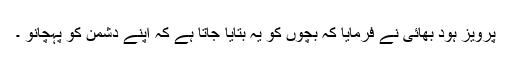
پرویز ہود بھائی نے فرمایا کہ بچوں کو یہ بتایا جاتا ہے کہ اپنے دشمن کو پہچانو ۔